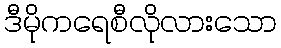
ဒီမိုကရေစီလိုလားသော